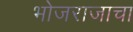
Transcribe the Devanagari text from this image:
भोजराजाचा